Leaving Certificate Examination (including Day School Certificate (Higher) General paper), 1930
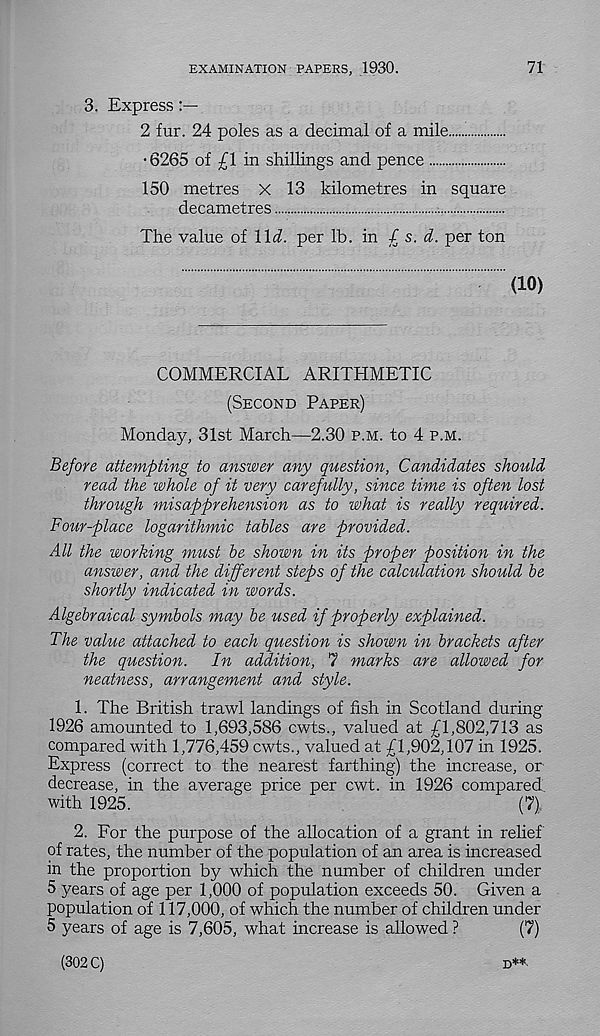
EXAMINATION PAPERS, 1930.
71
3. Express
2 fur. 24 poles as a decimal of a mile
•6265 of £\ in shillings and pence
150 metres X 13 kilometres in square
decametres
The value of \\d. per lb. in £ s. d. per ton
(10)
COMMERCIAL ARITHMETIC
(Second Paper)
Monday, 31st March—2.30 p.m. to 4 p.m.
Before attempting to answer any question, Candidates should
read the whole of it very carefully, since time is often lost
through misapprehension as to what is really required.
Four-place logarithmic tables are provided.
All the working must be shown in its proper position in the
answer, and the different steps of the calculation should be
shortly indicated in words.
Algebraical symbols may be used if properly explained.
The value attached to each question is shown in brackets after
the question.
In addition, 7 marks are allowed for
neatness, arrangement and style.
1. The British trawl landings of fish in Scotland during
1926 amounted to 1,693,586 cwts., valued at £1,802,713 as
compared with 1,776,459 cwts., valued at £1,902,107 in 1925.
Express (correct to the nearest farthing) the increase, or
decrease, in the average price per cwt. in 1926 compared
with 1925.
(7).
2. For the purpose of the allocation of a grant in relief'
of rates, the number of the population of an area is increased
in the proportion by which the number of children under
5 years of age per 1,000 of population exceeds 50. Given a
population of 117,000, of which the number of children under
5 years of age is 7,605, what increase is allowed ?
(7)